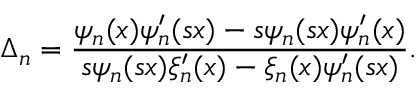
\Delta _ { n } = \frac { \psi _ { n } ( x ) \psi _ { n } ^ { \prime } ( s x ) - s \psi _ { n } ( s x ) \psi _ { n } ^ { \prime } ( x ) } { s \psi _ { n } ( s x ) \xi _ { n } ^ { \prime } ( x ) - \xi _ { n } ( x ) \psi _ { n } ^ { \prime } ( s x ) } .